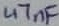
Text: 47nF